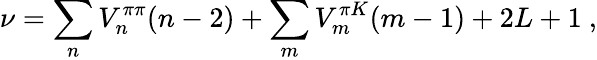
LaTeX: \nu=\sum_{n}V_{n}^{\pi\pi}(n-2)+\sum_{m}V_{m}^{\pi K}(m-1)+2L+1~,